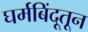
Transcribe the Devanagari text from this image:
घर्मबिंदूतून